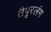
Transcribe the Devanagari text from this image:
तैपूरलंग